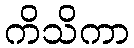
ကိသိကာ